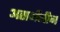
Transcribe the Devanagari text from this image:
असमीचीन